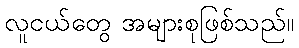
လူငယ်တွေ အများစုဖြစ်သည်။